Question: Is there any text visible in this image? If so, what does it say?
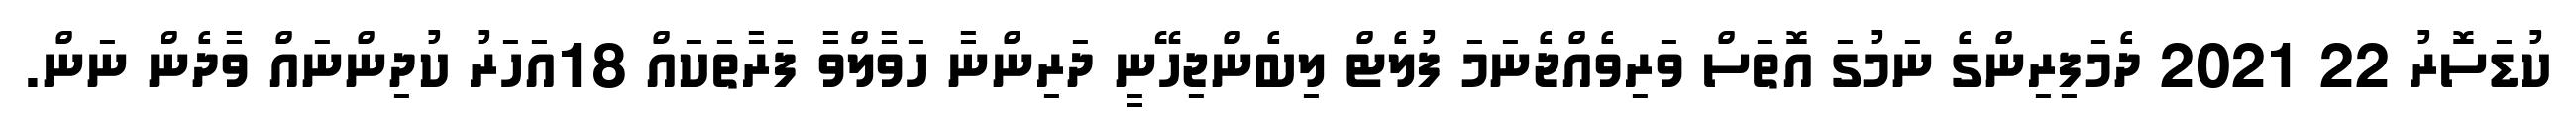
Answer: ކުޑަސޮރު 22 2021 ދެމަފިރިންގެ ނަމުގަ އޮތަސް ވަރިވެއްޖެނަމަ ފުލެޓް ލިބެންޖިހޭނީ ދަރިންނާ ހަވާލްވާ ފަރާތަކައް 18އަހަރު ކުދިންނައް ވާދެން ނަން.